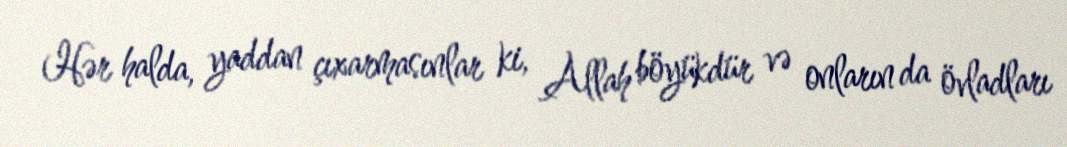
Hər halda, yaddan çıxarmasınlar ki, Allah böyükdür və onların da övladları